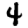
Digit: 4